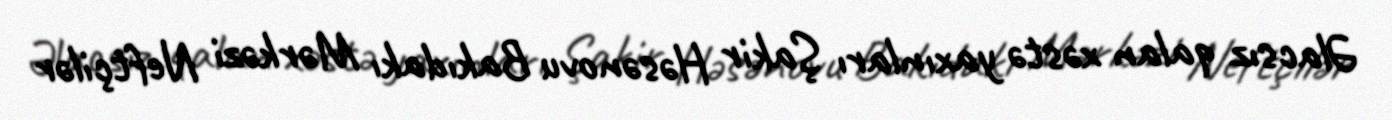
Əlacsız qalan xəstə yaxınları Şakir Həsənovu Bakıdakı Mərkəzi Neftçilər